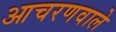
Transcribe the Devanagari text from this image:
आचरणवाले